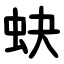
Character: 蚗